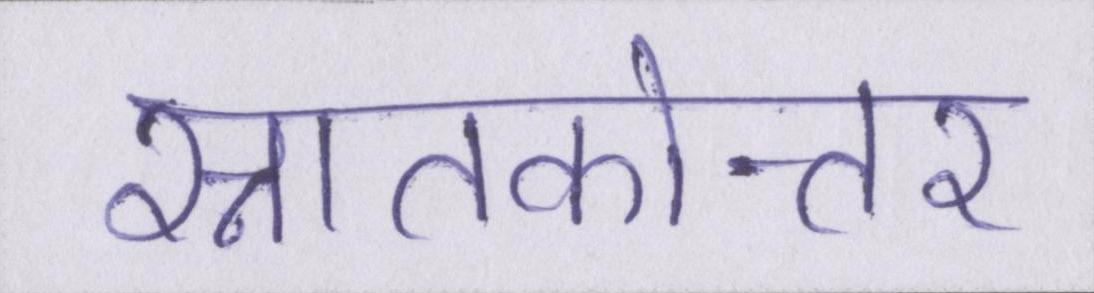
स्नातकोत्तर